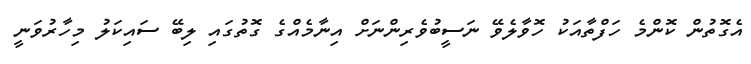
އެގޮތުން ކޮންމެ ހަފްތާއަކު ހޮވާލެވޭ ނަސީބުވެރިންނަށް އިނާމެއްގެ ގޮތުގައި ލިބޭ ސައިކަލު މިހާރުވަނީ